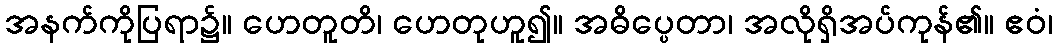
အနက်ကိုပြရာ၌။ ဟေတူတိ၊ ဟေတုဟူ၍။ အဓိပ္ပေတာ၊ အလိုရှိအပ်ကုန်၏။ ဧဝံ၊